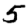
Digit: 5